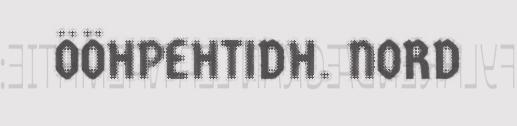
ÖÖHPEHTIDH. NORD